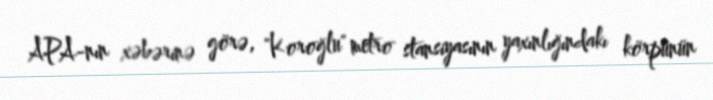
APA-nın xəbərinə görə, "Koroğlu" metro stansiyasının yaxınlığındakı körpünün